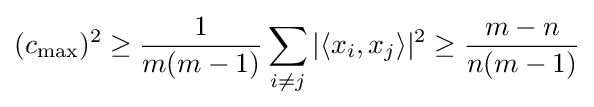
(c_{\max })^{2}\geq {\frac {1}{m(m-1)}}\sum _{i\neq j}|\langle x_{i},x_{j}\rangle |^{2}\geq {\frac {m-n}{n(m-1)}}